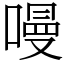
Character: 𠼦